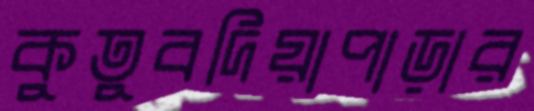
কুতুবদিয়াপাড়ার